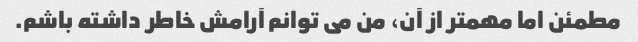
مطمئن اما مهمتر از آن، من می توانم آرامش خاطر داشته باشم.